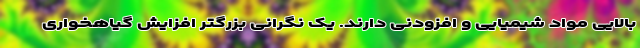
بالایی مواد شیمیایی و افزودنی دارند. یک نگرانی بزرگتر افزایش گیاهخواری